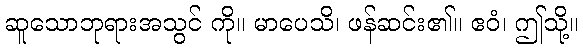
ဆူသောဘုရားအသွင် ကို။ မာပေသိ၊ ဖန်ဆင်း၏။ ဧဝံ၊ ဤသို့။